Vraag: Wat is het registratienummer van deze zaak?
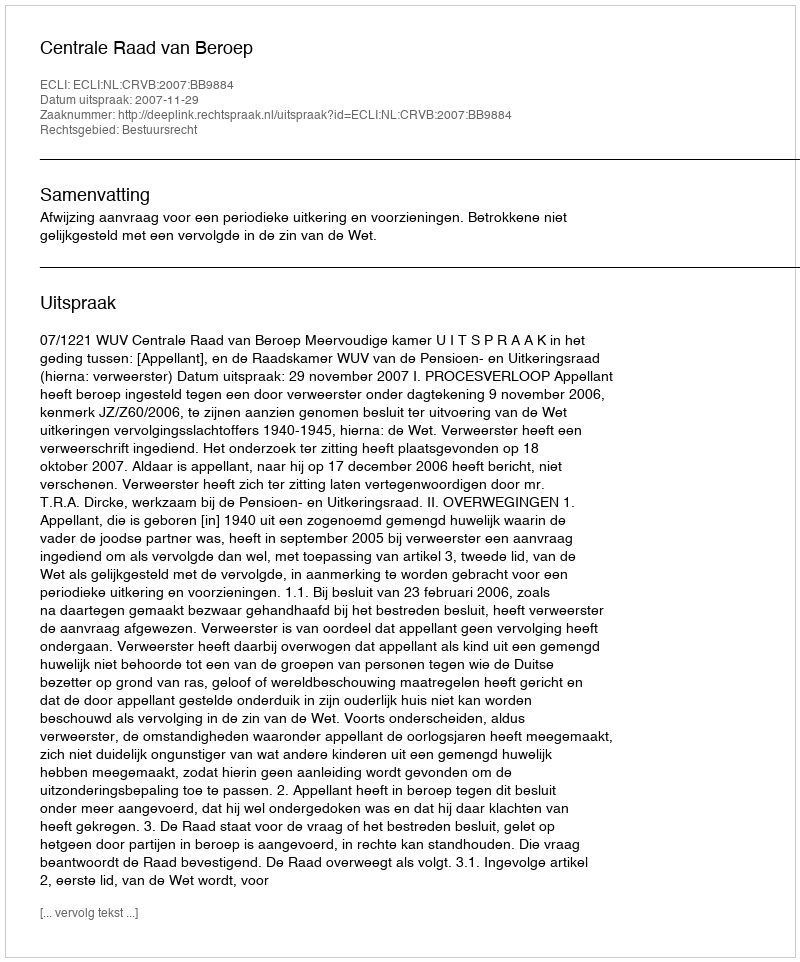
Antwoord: http://deeplink.rechtspraak.nl/uitspraak?id=ECLI:NL:CRVB:2007:BB9884